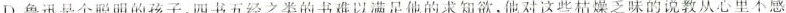
D.鲁迅是个聪明的孩子,四书五经之类的书难以满足他的求知欲，他对这些柿燥乏味的说教从心里不感